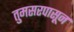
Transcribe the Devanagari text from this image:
तुमसरपासून